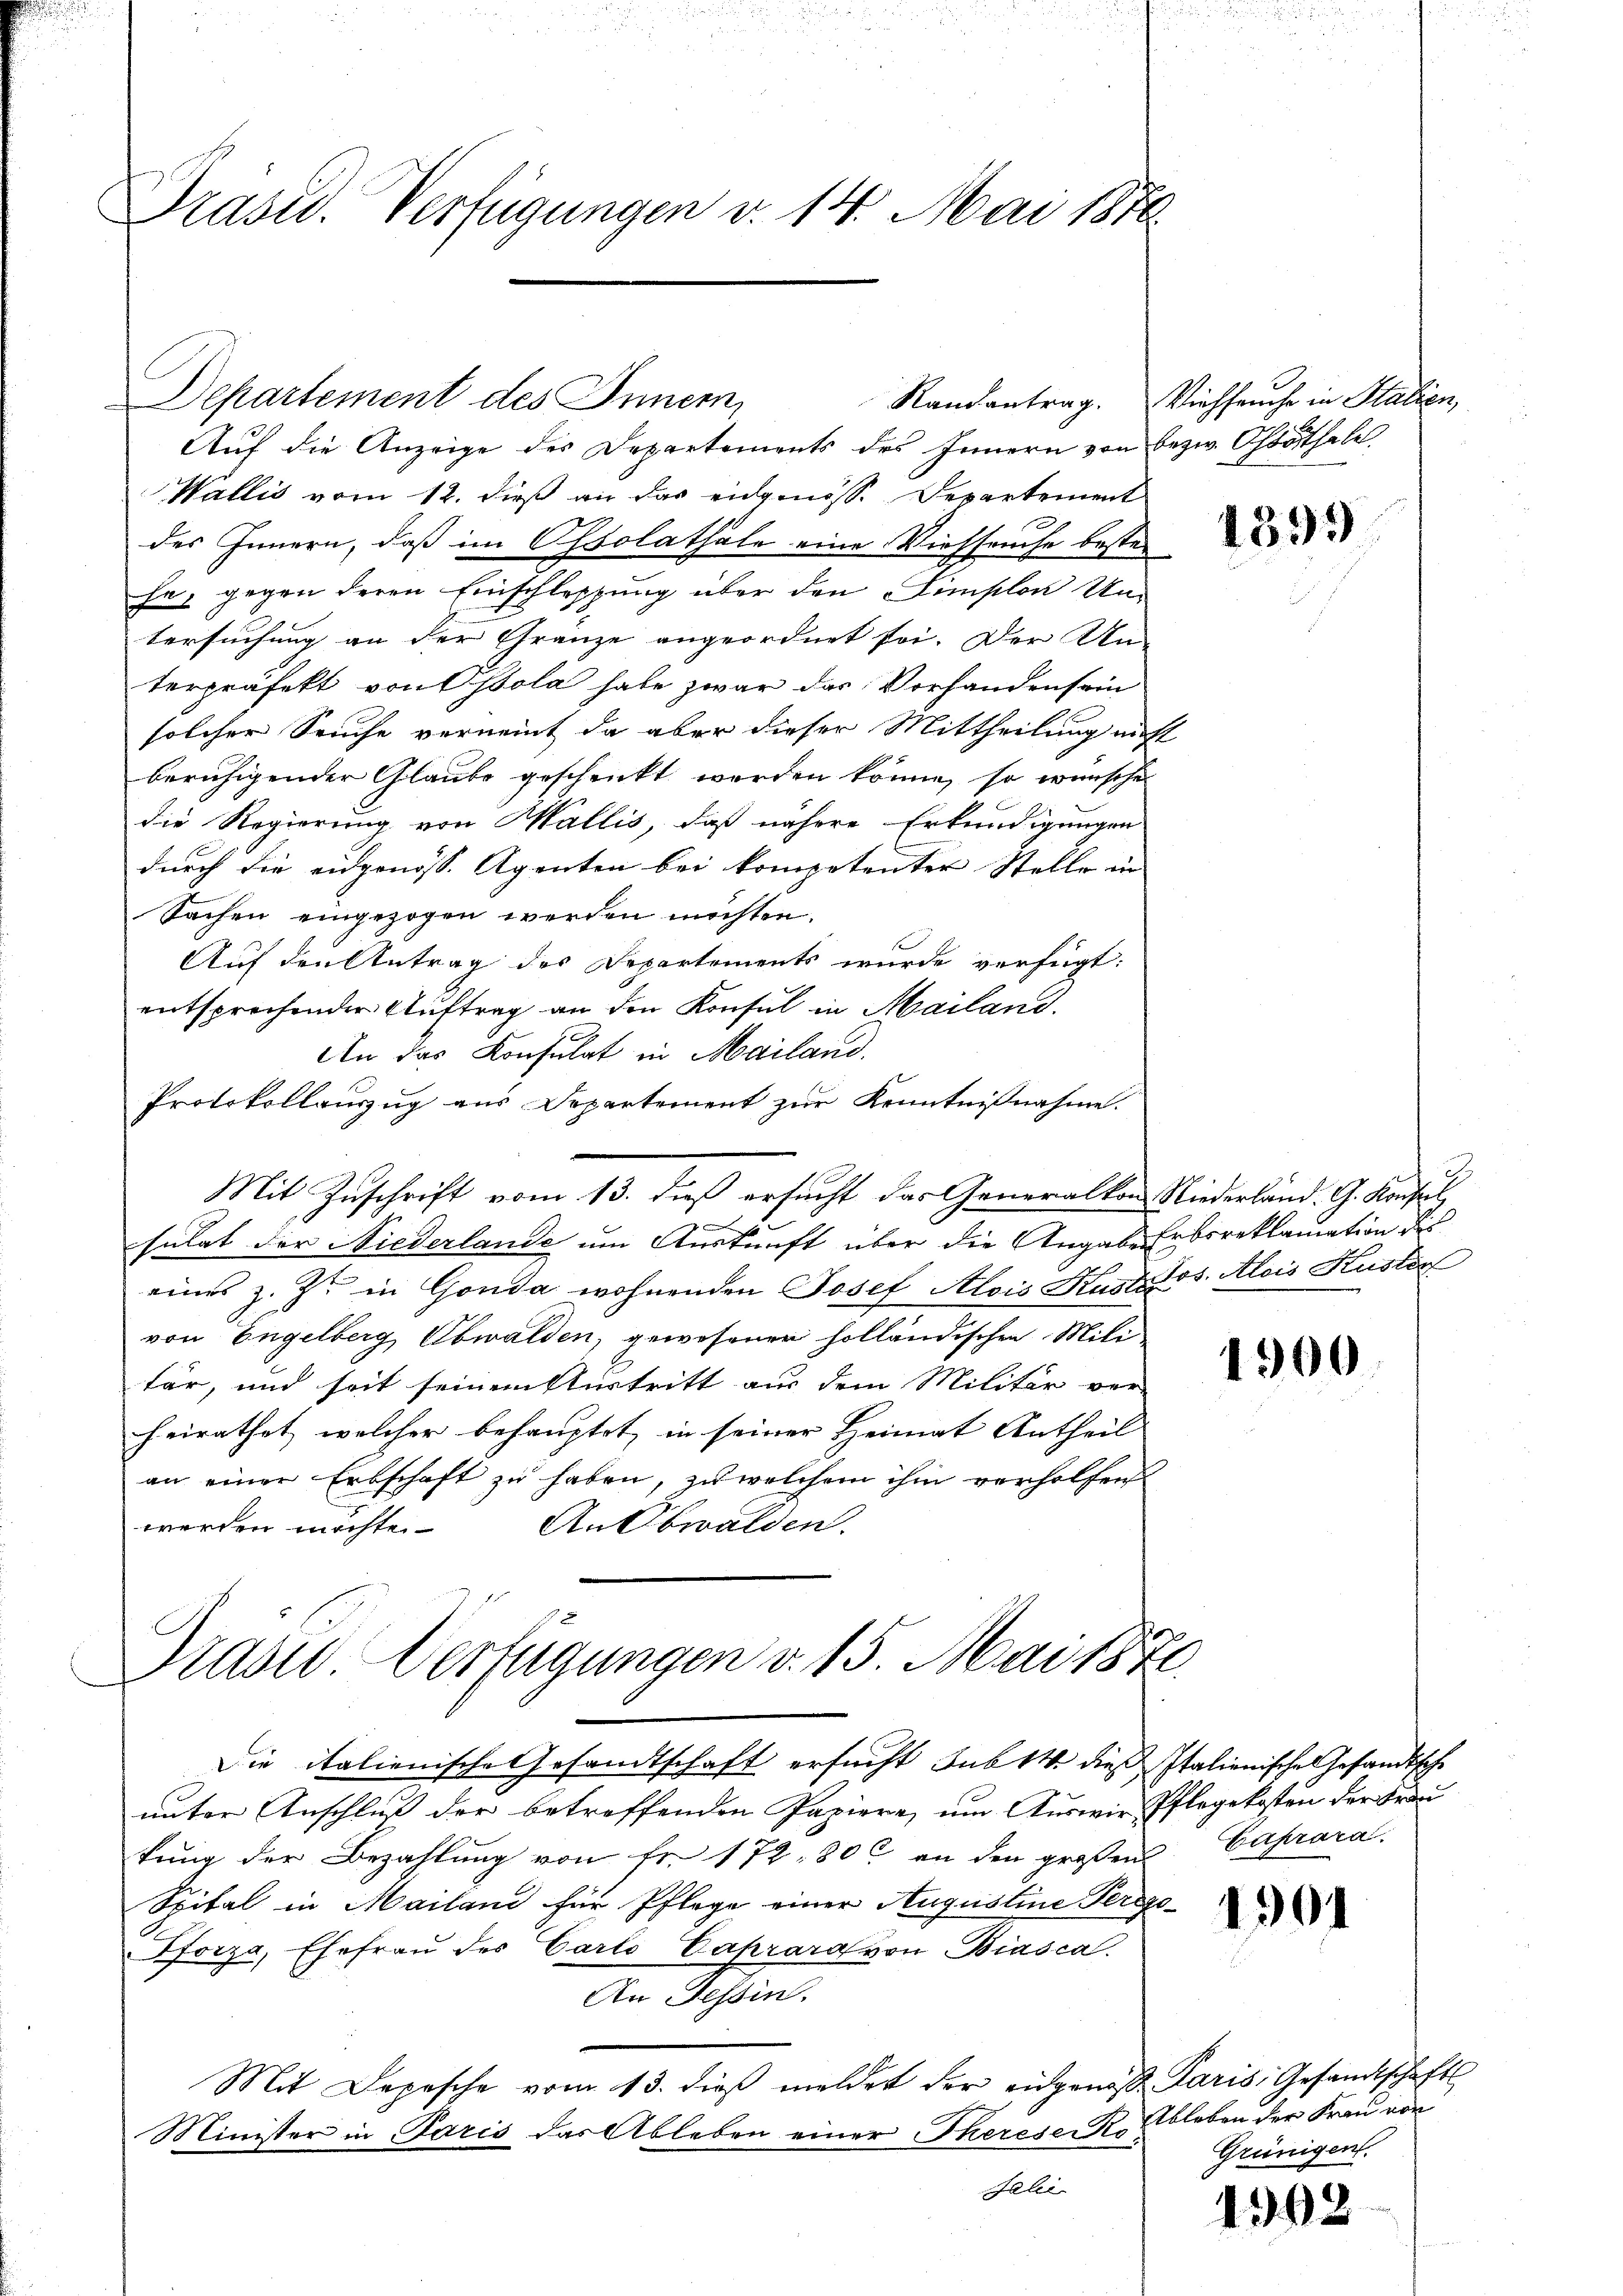
Präsid. Verfügungen v. 14. Mai 1876.

Auf die Anzeige des Departements des Innern von bezw. Ostöthale
Wallis vom 12. dieß an das eidgenöss. Departement
des Innern, daß im Ossolathäle eine Viehseuche besten
he, gegen deren Einschleppung über den Simplon Untersuchung an der Gränze angeordnet sei. Der Un-
terpräfekt von Ossola habe zwar das Vorhandensein
solcher Seuche verneint, da aber dieser Mittheilung nicht
beruhigender Glaube geschenkt werden könne, so wünsche
die Regierung von Wallis, daß nähere Erkundigungen
durch die ausgenöss. Agenten bei kompetenter Stelle in
Sachen eingezogen werden möchten.
Auf den Antrag des Departements wurde verfügt:
entsprechender Auftrag an den Konsul in Mailand.
An das Konsulat in Mailand.
Protokollauszug aus Departement zŭr Kenntnißnahme.
Mit Zuschrift vom 13. dieß ersucht das Generalkon Niederland. G. Konsul,
sulat der Niederlande um Auskunft über die Angabe Erbsreklamation des
eines z. Z. in Gonda wohnenden Josef Alois Kustlos. Alois Kuster
von Engelberg Obwalden, gewesenen holländischen Mili
tär, und seit seinem Sturtritt aus dem Militär ver-
heirathet, welcher behauptet, in seiner Heimat Antheil
an einer Erbschaft zu haben, zu welchem ihm verholfen
An Obwalden.
werden möchte.

Drase Verfügungen v. 15. Mai 1870.
Die italienische Gesandtschaft ersucht sub 14. dies Italienische Gesandtsche

Departement des Innern,

Randantrag. Viehseuche in Stalien,

unter Anschluß der betreffenden Papiere, um Auswir Pflegekosten der Frau
kung der Bezahlung von fr. 172. 800 an den großen Caprara
Spital in Mailand für Pflege einer Augustine Perso¬
Pforza, Ehefrau der Carto Caprara von Biasca
An Tessin.
Mit Depesche vom 13. dieβ meldet der eingene Paris Gesandtschafts
Minister in Paris das Ableben einer Therese Ko¬
Jalei

1399

1900

1901

Ableben der Frau von
Grünigen

1902